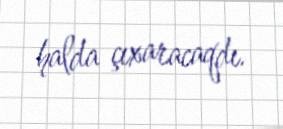
halda çıxaracaqdı.